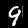
Label: 9